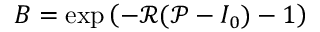
B = \exp \left( - \mathcal { R } ( \mathcal { P } - I _ { 0 } ) - 1 \right)